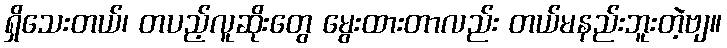
ရှိသေးတယ်၊ တပည့်လူဆိုးတွေ မွေးထားတာလည်း တယ်မနည်းဘူးတဲ့ဗျ။